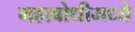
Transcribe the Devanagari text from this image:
महाबोधीमध्ये